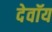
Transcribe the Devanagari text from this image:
देवॉय